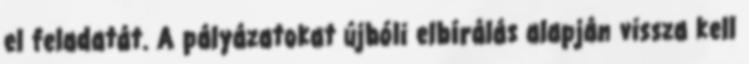
el feladatát. A pályázatokat újbóli elbírálás alapján vissza kell